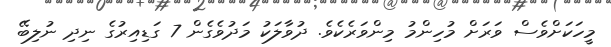
މީހަކަށްވެސް ވަރަށް މުހިންމު މިންވަރެކެވެ. ދުވާލަކު މަދުވެގެން 7 ގަޑިއިރުގެ ނިދި ނުލިބޭ